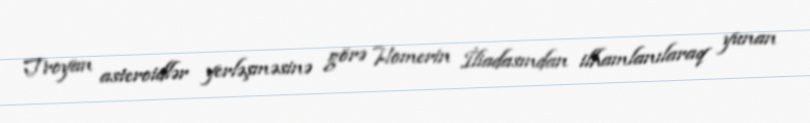
Troyan asteroidlər yerləşməsinə görə Homerin İliadasından ilhamlanılaraq yunan